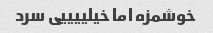
خوشمزه اما خیلییییی سرد